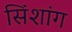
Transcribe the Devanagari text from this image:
सिंशांग